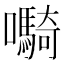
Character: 𫬷